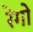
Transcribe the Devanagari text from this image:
रेगो